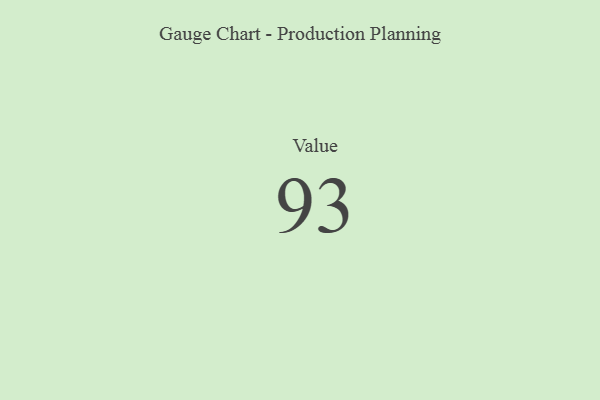
{"axis": {"x": "Metric", "y": "Value"}, "legend": [""], "data": [{"x": "Value", "y": 93, "type": ""}]}